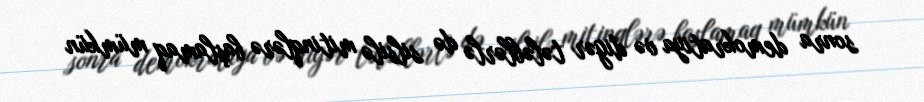
sonra demokratiya və digər tələblərlə də silsilə mitinqlərə başlamaq mümkün